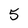
Character: 5